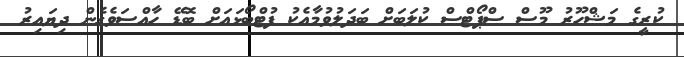
ކުރީގެ މަޝްހޫރު މޫސް ސްޕޯޓްސް ކުލަބަށް ބަދަލުވުމާއެކު ފުޓްބޯޅައަށް ބޮޑޭ ހާއްސަވެގެން ދިޔައިރު